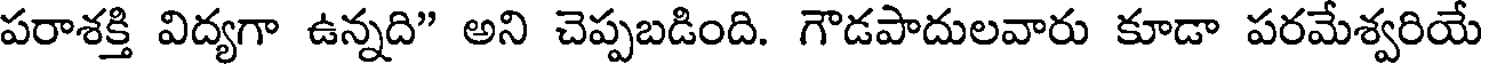
పరాశక్తి విద్యగా ఉన్నది" అని చెప్పబడింది. గౌడపాదులవారు కూడా పరమేశ్వరియే